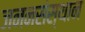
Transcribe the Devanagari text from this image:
जननसंस्थान